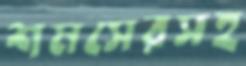
শমসেরসহ